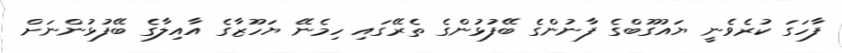
ފާހަގަ ކުރެވެނީ ޔައުގޫބްގެ ފާނުންގެ ބޭފުޅުންގެ ތެރޭގައި ހިމެނޭ ޔަހޫޒާގެ އާއިލާގެ ބޭފުޅުންނަށް